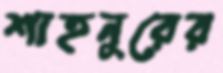
শাহনুরের